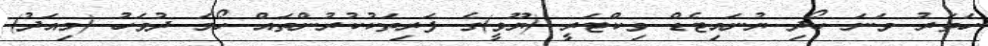
ހަތަރު ވަނަ ހޯދި ޔުނައިޓެޑް ވިކްޓަރީ (ޔޫވީ)ގެ ފަރިތަކުކުރުންތައް ހޯމަ ދުވަހު (މިއަދު)